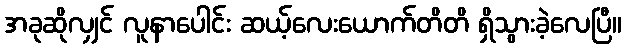
အခုဆိုလျှင် လူနာပေါင်း ဆယ့်လေးယောက်တိတိ ရှိသွားခဲ့လေပြီ။